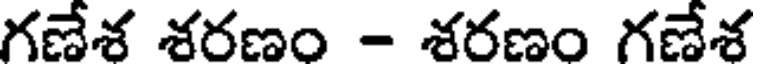
గణేశ శరణం - శరణం గణేశ